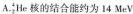
A.^{4}_{2}He核的结合能约为14MeV.